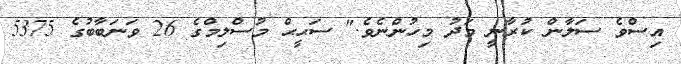
އިސްވެ ސަލާން ކުރާނީ މަދު މިހުންނެވެ." ސަޙީޙް މުސްލިމްގެ 26 ވަނަބާބުގެ 5375